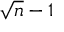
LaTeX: \sqrt { n } - 1